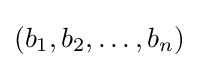
(b_{1},b_{2},\ldots ,b_{n})